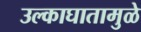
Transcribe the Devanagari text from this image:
उल्काघातामुळे